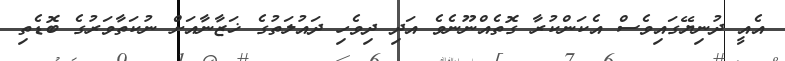
އެއީ ދުނިޔޭގައިވެސް އެކަންކުރާ ގޮތެއްނޫނެވެ އަދި ދިވެހި ދައުލަތުގެ ޚަޒާނާއަށް ނުކަތާވަރުގެ ބޮޑެތި